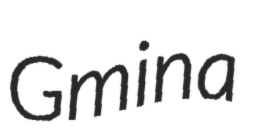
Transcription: Gmina